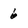
Character: 6